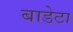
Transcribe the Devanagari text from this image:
बाडेटा